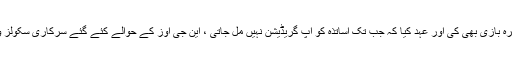
اس موقع پر اساتذہ نے حکومت کے خلاف نعرہ بازی بھی کی اور عہد کیا کہ جب تک اساتذہ کو اپ گریڈیشن نہیں مل جاتی ، این جی اوز کے حوالے کئے گئے سرکاری سکولز واپس نہیں ہوتے ہم چین سے نہیں بیٹھیں گے۔